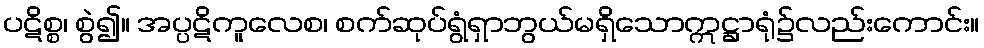
ပဋိစ္စ၊ စွဲ၍။ အပ္ပဋိကူလေစ၊ စက်ဆုပ်ရွံရှာဘွယ်မရှိသောဣဋ္ဌာရုံ၌လည်းကောင်း။